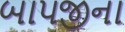
બાપજીના